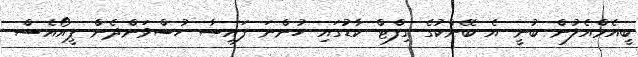
ބީއެމްއެލުން ބުނީ އެ ބޭންކުގެ ގިފްޓް ކާޑުގައި ހުންނަ ފައިސާ ހުސްވަންދެން ޕީއޯއެސް